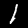
Digit: 1